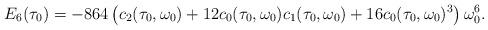
LaTeX: \begin{align*}E_6(\tau_0) =-864\left(c_2(\tau_0,\omega_0)+12c_0(\tau_0,\omega_0)c_1(\tau_0,\omega_0) + 16 c_0(\tau_0,\omega_0)^3\right)\omega_0^6.\end{align*}